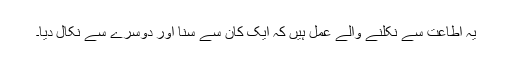
یہ اطاعت سے نکلنے والے عمل ہیں کہ ایک کان سے سنا اور دوسرے سے نکال دیا۔